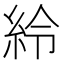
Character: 紷